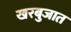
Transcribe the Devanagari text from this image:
खरबुजात